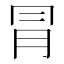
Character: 冐